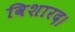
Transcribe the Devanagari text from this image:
विशारद।